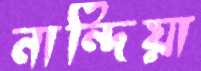
নান্দিয়া